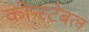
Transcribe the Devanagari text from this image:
कोन्स्टेबल